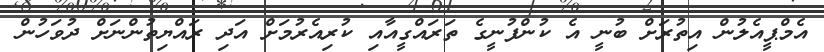
އެމްޕީއެލުން އިތުރަށް ބުނީ އެ ކުންފުނީގެ ތަރައްގީއާއި ކުރިއެރުމަށް އަދި ރައްޔިތުންނަށް ދުވަހުން